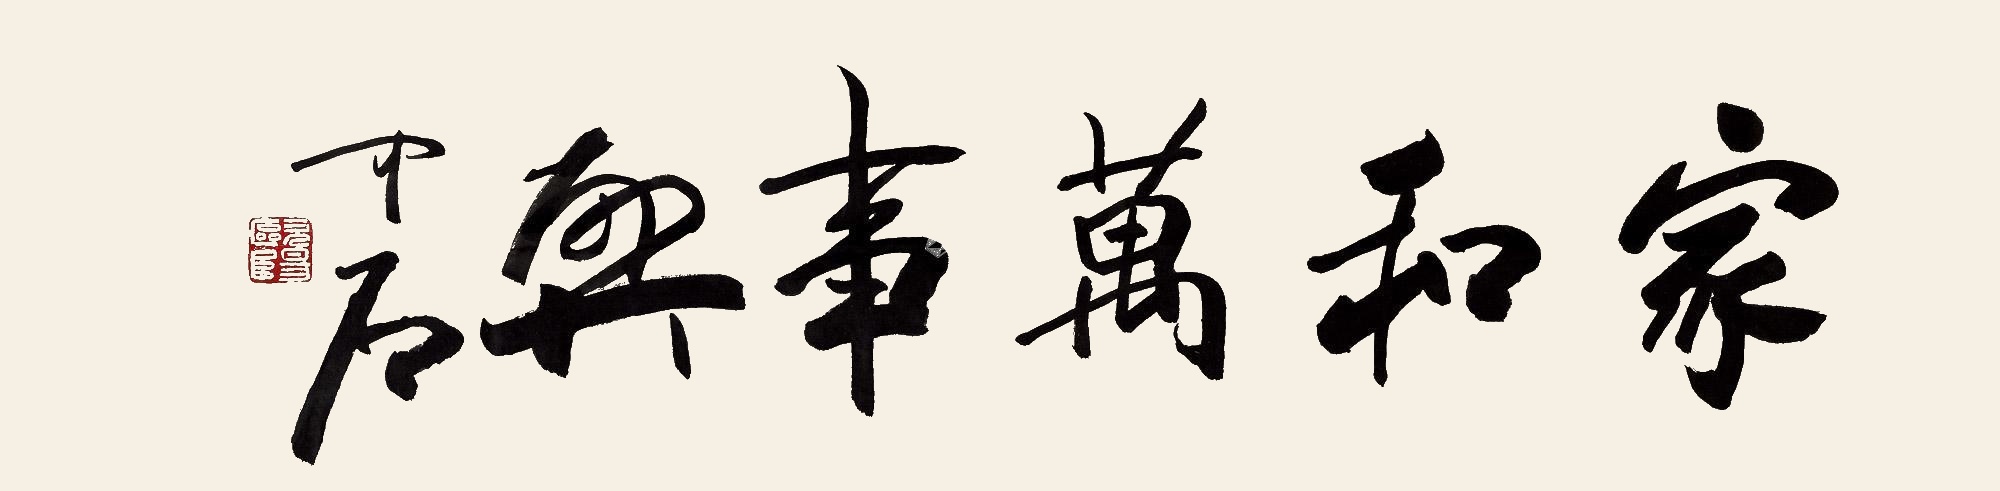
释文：家和万事兴中石